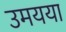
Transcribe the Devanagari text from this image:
उमयया